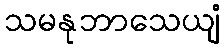
သမနုဘာသေယျံ